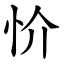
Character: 忦